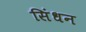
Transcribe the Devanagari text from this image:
सिंधन